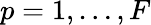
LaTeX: p=1,\ldots,F